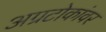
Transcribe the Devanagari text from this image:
अग्रटोकांवर